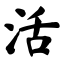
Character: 活